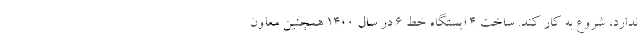
ندارد، شروع به کار کند. ساخت ۴ ایستگاه خط ۶ در سال ۱۴۰۰ همچنین معاون